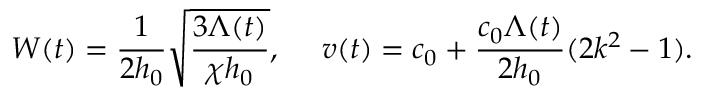
W ( t ) = \frac { 1 } { 2 h _ { 0 } } \sqrt { \frac { 3 \Lambda ( t ) } { \chi h _ { 0 } } } , ~ ~ ~ ~ v ( t ) = c _ { 0 } + \frac { c _ { 0 } \Lambda ( t ) } { 2 h _ { 0 } } ( 2 k ^ { 2 } - 1 ) .